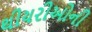
થીયરીઓની